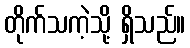
တိုက်သကဲ့သို့ ရှိသည်။